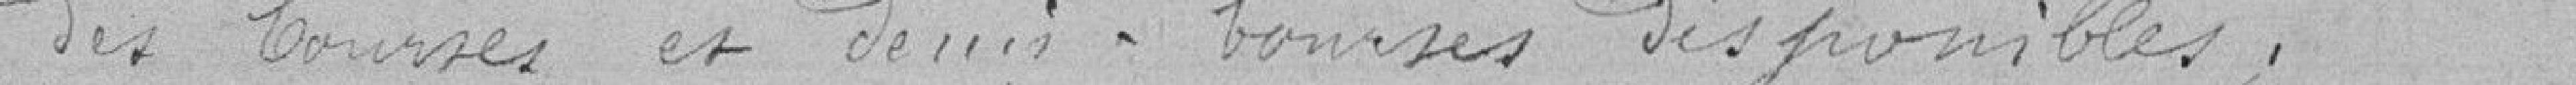
des bourses et demi-bourses disponibles.